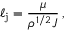
\ell _ { \mathrm { j } } = \frac { \mu } { \rho ^ { 1 / 2 } J } \, ,